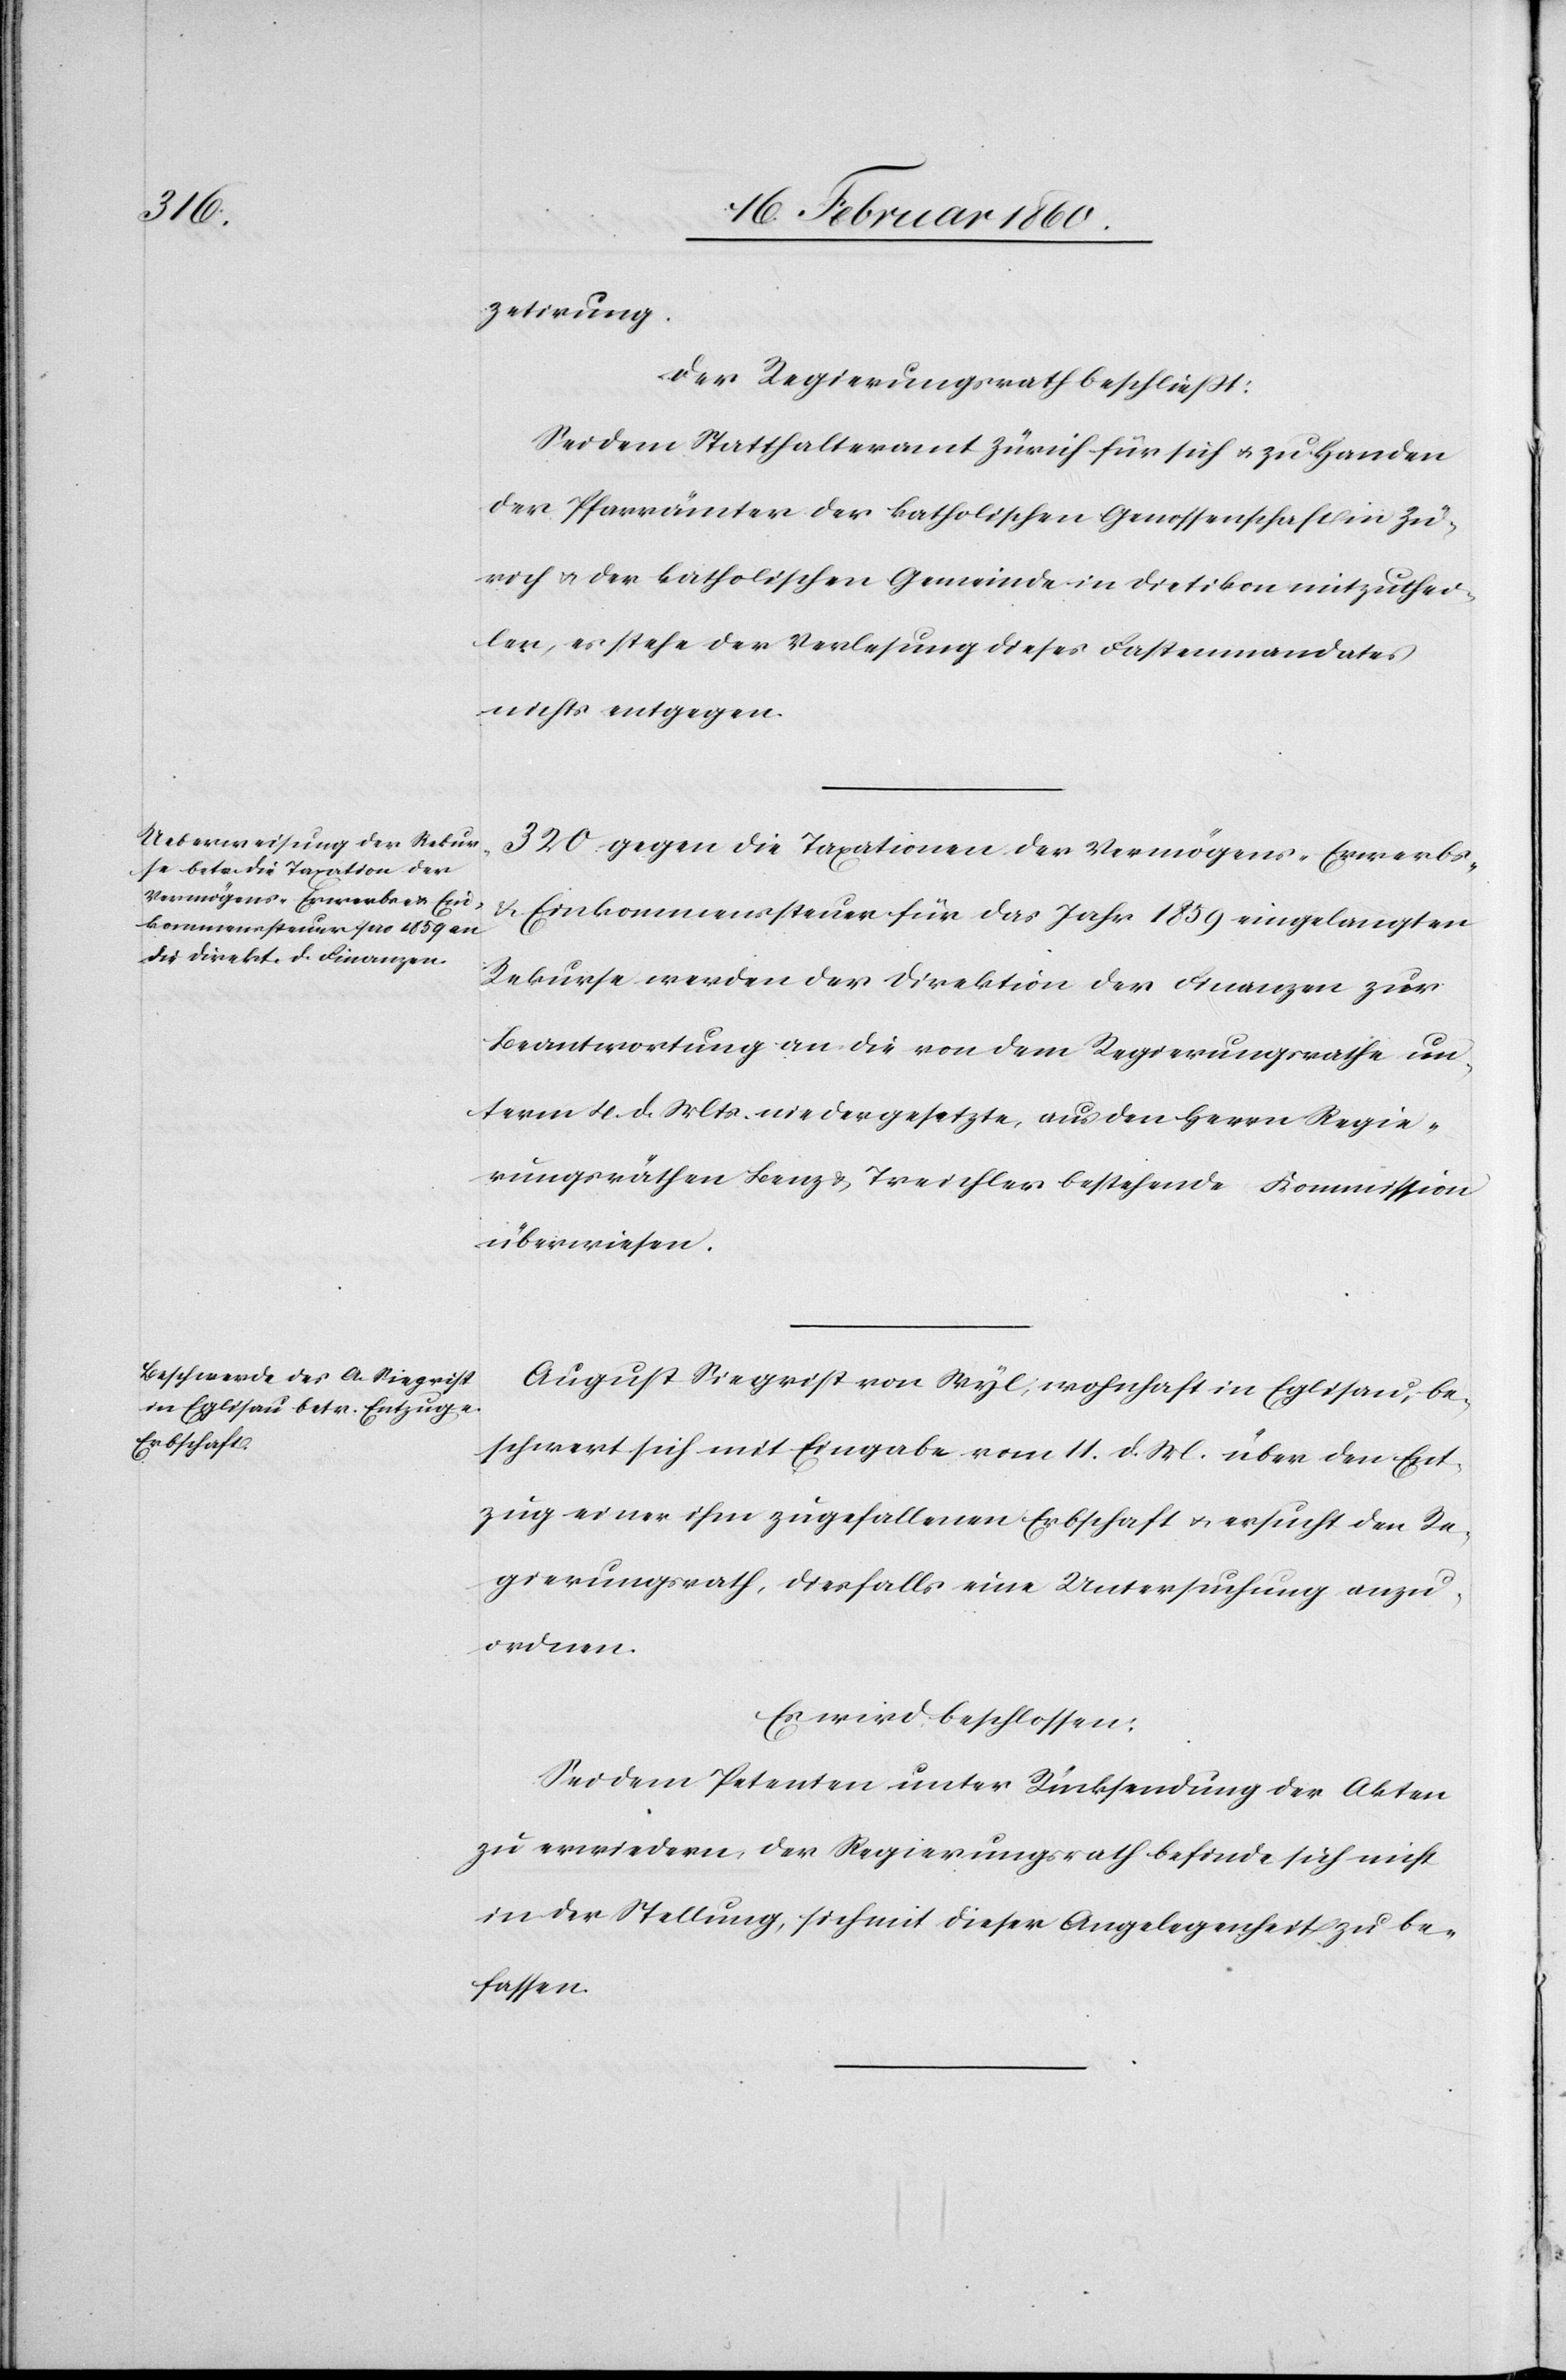
zetirung.
Der Regierungsrath beschliesst:
Sei dem Statthalteramt Zürich für sich u. zu Handen
der Pfarrämter der katholischen Genossenschaft in Zü¬
rich u. der katholischen Gemeinde in Dietikon mitzuthei¬
len, es stehe der Verlesung dieses Fastenmandates
nichts entgegen.
320 gegen die Taxationen der Vermögens- Erwerbs-
u. Einkommenssteuer für das Jahr 1859 eingelangten
Rekurse werden der Direktion der Finanzen zur
Beantwortung an die von dem Regierungsrathe un¬
term 4. d. Mts. niedergesetzte, aus den Herrn Regie¬
rungsräthen Benz u. Treichler bestehende Kommission
überwiesen.
August Siegrist von Wyl, wohnhaft in Eglisau, be¬
schwert sich mit Eingabe vom 11. d. Mt. über den Ent¬
zug einer ihm zugefallenen Erbschaft u. ersucht den Re¬
gierungsrath, diesfalls eine Untersuchung anzu¬
ordnen.
Es wird beschlossen:
Sei dem Petenten unter Rücksendung der Akten
zu erwiedern, der Regierungsrath befinde sich nicht
in der Stellung, sich mit dieser Angelegenheit zu be¬
fassen.